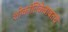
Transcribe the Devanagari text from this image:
शोकांतिकेबाबतचे